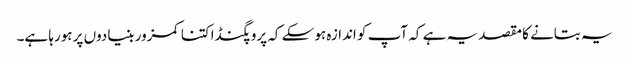
یہ بتانے کا مقصد یہ ہے کہ آپ کو اندازہ ہوسکے کہ پروپگنڈا کتنا کمزور بنیادوں پر ہورہا ہے۔